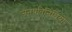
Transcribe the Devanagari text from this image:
जनप्रतिनिघियों